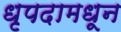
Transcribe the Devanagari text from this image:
धृपदामधून